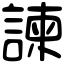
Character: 諫